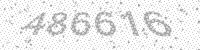
Solution: 486616